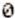
0